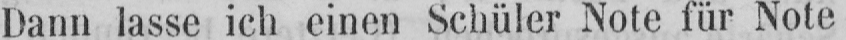
Dann lasse ich einen Schüler Note für Note